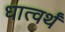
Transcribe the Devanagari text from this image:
धात्वर्थं